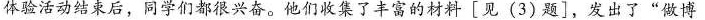
体验活动结束后，同学们都很兴奋。他们收集了丰富的材料[见(3)题]发出了”做博